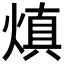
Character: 𤌭